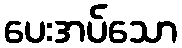
ပေးအပ်သော